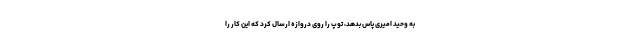
به وحید امیری پاس بدهد، توپ را روی دروازه ارسال کرد که این کار را